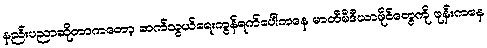
နည်းပညာဆိုတာကတော့ ဆက်သွယ်ရေးကွန်ရက်ပေါ်ကနေ မာတီမီဒီယာဖိုင်တွေကို ဖုန်းကနေ